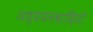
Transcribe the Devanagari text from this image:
अध्ययनवादियों